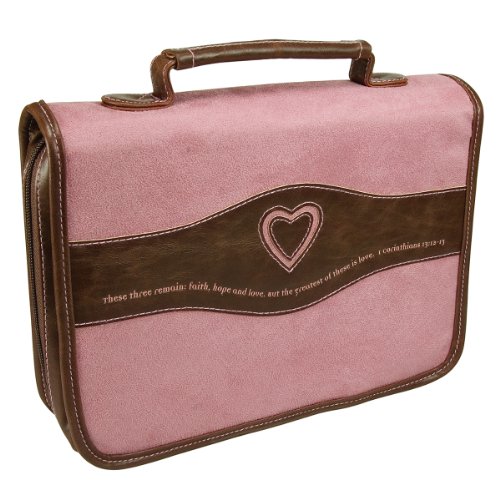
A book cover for Suede-Look Pink Bible / Book Cover w/Heart Cut-out - 1 Corinthians 13:13 (Large); Christian Art Gifts; Christian Books & Bibles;